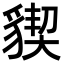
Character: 䝟